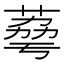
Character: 𦴾